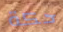
حكة